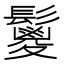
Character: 𩯣